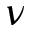
\nu